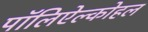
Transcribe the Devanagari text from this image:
पॉलिऐल्कोहल